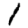
Digit: 1